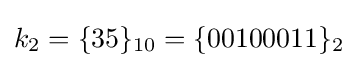
k_{2}=\{35\}_{10}=\{00100011\}_{2}